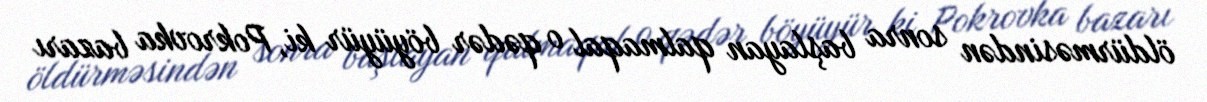
öldürməsindən sonra başlayan qalmaqal o qədər böyüyür ki, Pokrovka bazarı